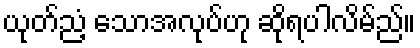
ယုတ်ညံ့ သောအလုပ်ဟု ဆိုရပါလိမ်ည်။